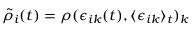
\tilde { \rho } _ { i } ( t ) = \rho ( \epsilon _ { i k } ( t ) , \langle \epsilon _ { i k } \rangle _ { t } ) _ { k }